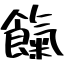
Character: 餼